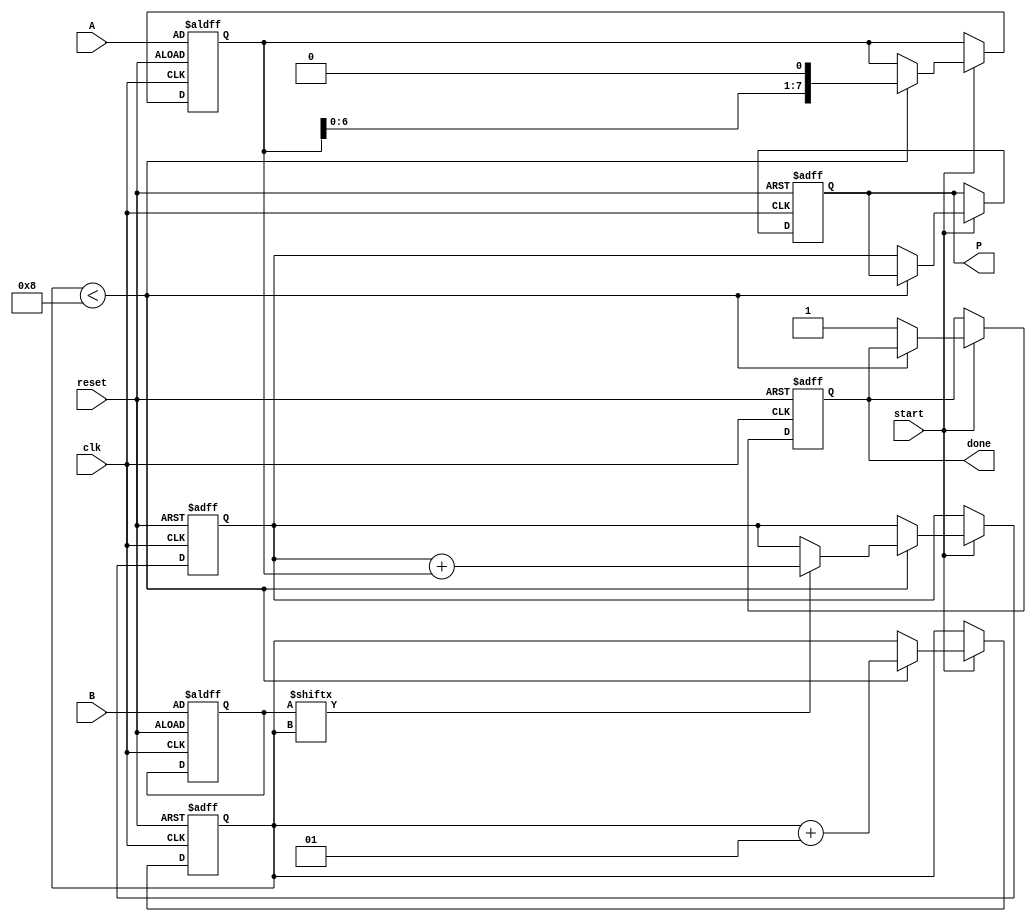
module radix2_multiplier #(parameter n = 8) (
    input [n-1:0] A,          // Multiplicand
    input [n-1:0] B,          // Multiplier
    input start,              // Control signal to start multiplication
    input clk,                // Clock signal
    input reset,              // Reset signal
    output reg [2*n-1:0] P,   // Product
    output reg done           // Signal to indicate completion
);

    reg [n-1:0] A_shift;      // Shifted version of A
    reg [n-1:0] B_temp;       // Temporary register for B
    reg [2*n-1:0] partial;    // Partial product accumulator
    integer i;                // Loop index

    always @(posedge clk or posedge reset) begin
        if (reset) begin
            P <= 0;
            partial <= 0;
            A_shift <= A;
            B_temp <= B;
            done <= 0;
            i <= 0;
        end else if (start) begin
            if (i < n) begin
                // Check the current bit of B
                if (B_temp[i]) begin
                    // If the bit is 1, add the shifted A to the partial product
                    partial <= partial + A_shift;
                end

                // Shift A left for the next bit of B
                A_shift <= A_shift << 1;

                // Move to the next bit
                i <= i + 1;
            end else begin
                // All bits processed, finalize the product
                P <= partial;
                done <= 1; // Indicate that multiplication is done
            end
        end
    end

endmodule